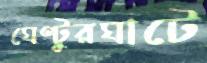
ঘেণ্টুরঘাটে